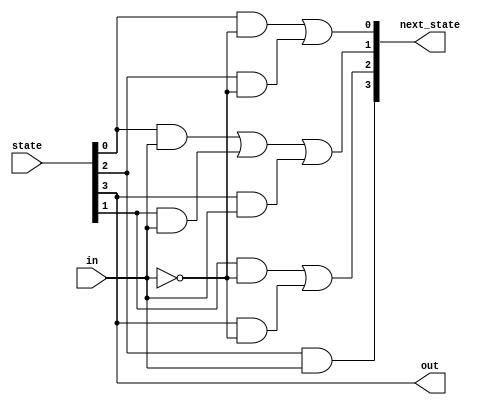
module top_module(
    input in,
    input [3:0] state,
    output [3:0] next_state,
    output out); //

    parameter A=0, B=1, C=2, D=3;

    always@(*)begin
    // State transition logic: Derive an equation for each state flip-flop.
        next_state[A] = state[0]&(~in)| state[2]&(~in);
        next_state[B] = state[0]&(in) | state[1]&(in) | state[3]&(in);
        next_state[C] = state[1]&(~in) | state[3]&(~in);
        next_state[D] = state[2]&(in);
    end
    // Output logic: 
    assign out = (state[3] == 1);

endmodule